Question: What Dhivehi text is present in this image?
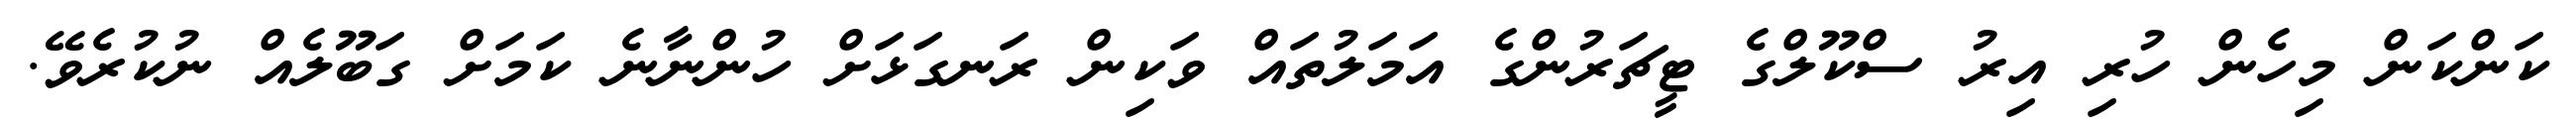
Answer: ކަންކަން މިހެން ހުރި އިރު ސްކޫލްގެ ޓީޗަރުންގެ އަމަލުތައް ވަކިން ރަނގަޅަށް ހުންނާނެ ކަމަށް ގަބޫލެއް ނުކުރެވޭ.